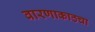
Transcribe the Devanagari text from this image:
वारणाकाठचा